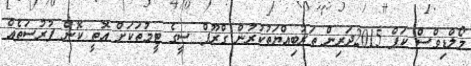
މޯލްޑިވްސް ކަޕް 2015ދަރިން ތަރުބިއްޔަތުކުރުން ގްރޫޕް ސީގެ ޓީމުތަކަށް އޮތީ ކޮން ފުރުސަތެއް